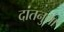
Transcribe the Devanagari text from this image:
दांतनुमा